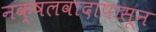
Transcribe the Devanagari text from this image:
नक्षलवादापासून